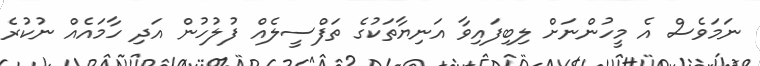
ނަމަވެސް އެ މީހުންނަށް ލިބިފައިވާ އަނިޔާތަކުގެ ތަފްސީލެއް ފުލުހުން އަދި ހާމައެއް ނުކުރެ